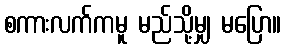
စကားလက်ကမူ မည်သို့မျှ မပြော။